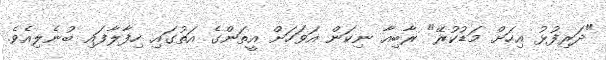
"ދަރިފުޅު އިހަށް މަޑުކުރޭ" ރާބިއާ ނިކަން އަވަހަށް އީތަންގެ އަތުގައި ހިފާލާފައި ބުނެލިއެވެ.